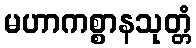
မဟာကစ္စာနသုတ္တံ